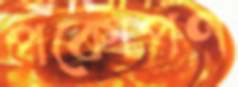
পকোপণ